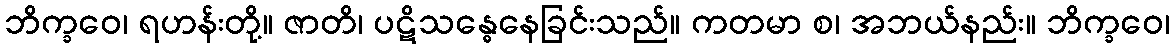
ဘိက္ခဝေ၊ ရဟန်းတို့။ ဇာတိ၊ ပဋိသန္ဓေနေခြင်းသည်။ ကတမာ စ၊ အဘယ်နည်း။ ဘိက္ခဝေ၊